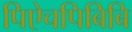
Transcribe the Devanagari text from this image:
पिऐचपिबिबि